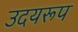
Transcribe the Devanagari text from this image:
उदयरूप